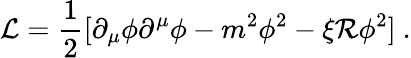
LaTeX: {\cal L}={\frac{1}{2}}[\partial_{\mu}\phi\partial^{\mu}\phi-m^{2}\phi^{2}-\xi{\cal R}\phi^{2}]~.